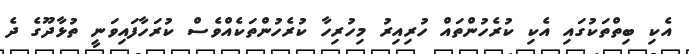
އެކި ބިތްތަކުގައި އެކި ކުރެހުންތައް ހުރިއިރު މިހުރިހާ ކުރެހުންތަކެއްވެސް ކުރަހާފައިވަނީ ތުޅާދޫގެ ދެ